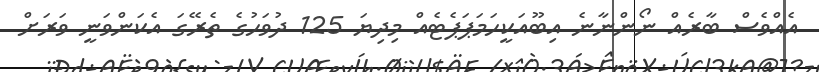
އެއްވެސް ބާރެއް ނޯންނާނެ އިބޫއަކީހަމަޕަޕެޓެއް މިދިޔަ 125 ދުވަހުގެ ތެރޭގަ އެކަންވަނީ ވަރަށް